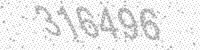
Solution: 316496